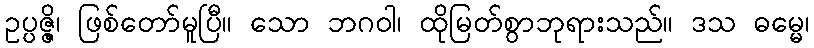
ဥပ္ပဇ္ဇိ၊ ဖြစ်တော်မူပြီ။ သော ဘဂဝါ၊ ထိုမြတ်စွာဘုရားသည်။ ဒသ ဓမ္မေ၊